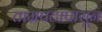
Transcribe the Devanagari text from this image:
ताम्रपटापासून